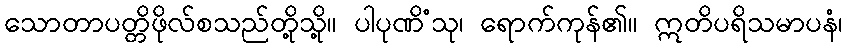
သောတာပတ္တိဖိုလ်စသည်တို့သို့။ ပါပုဏိံသု၊ ရောက်ကုန်၏။ ဣတိပရိသမာပနံ၊